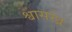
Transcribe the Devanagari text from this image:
श्वासरंध्र